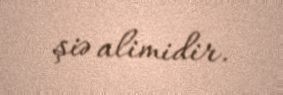
şiə alimidir.